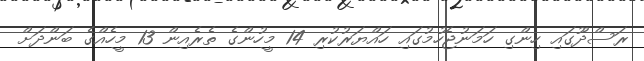
ރަސްދޫގައި ހިންގި ހަމަނުޖެހުމުގައި ހައްޔަރުކުރި 14 މީހުންގެ ތެރެއިން 13 މީހެއްގެ ބަންދަށް